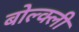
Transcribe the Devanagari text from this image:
बोल्क्ली